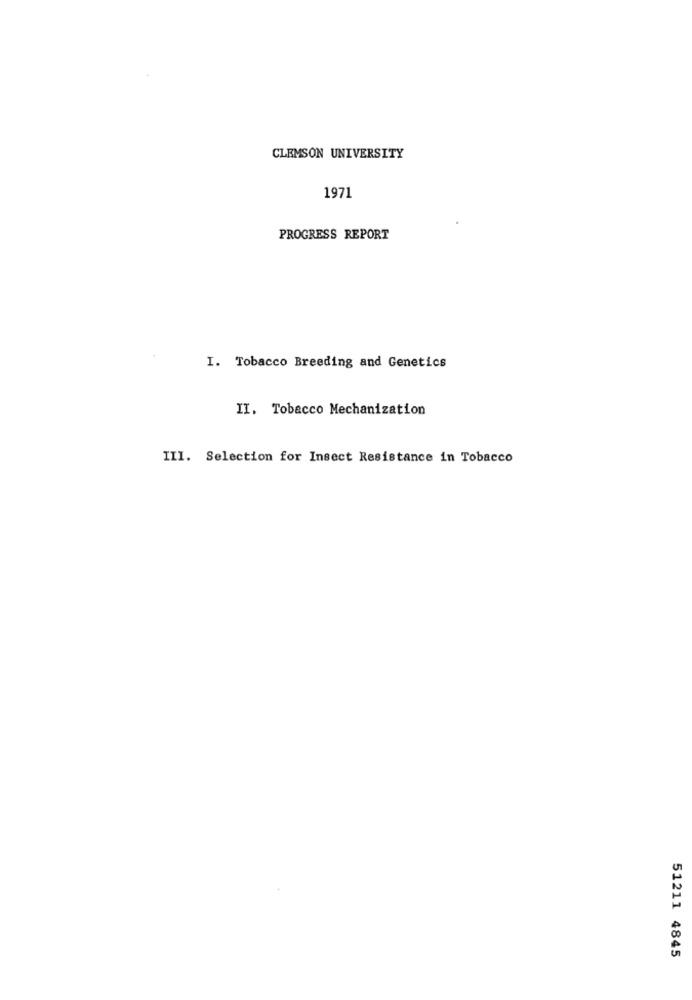
CLEMSON UNIVERSITY
1971
PROGRESS REPORT
I. Tobacco Breeding and Genetics
II. Tobacco Mechanization
III. Selection for Insect Resistance in Tobacco
51211 4845